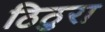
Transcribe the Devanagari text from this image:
ठिठुरा